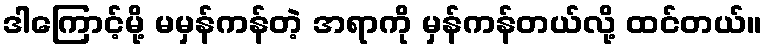
ဒါကြောင့်မို့ မမှန်ကန်တဲ့ အရာကို မှန်ကန်တယ်လို့ ထင်တယ်။